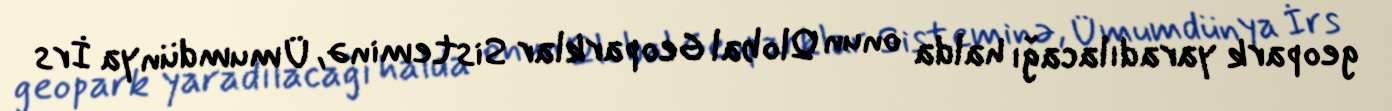
geopark yaradılacağı halda onun Qlobal Geoparklar Sisteminə, Ümumdünya İrs